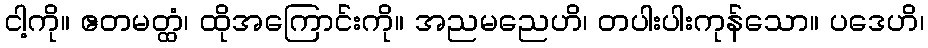
ငါ့ကို။ ဧတမတ္ထံ၊ ထိုအကြောင်းကို။ အညမညေဟိ၊ တပါးပါးကုန်သော။ ပဒေဟိ၊